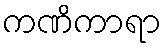
ကဏိကာရာ